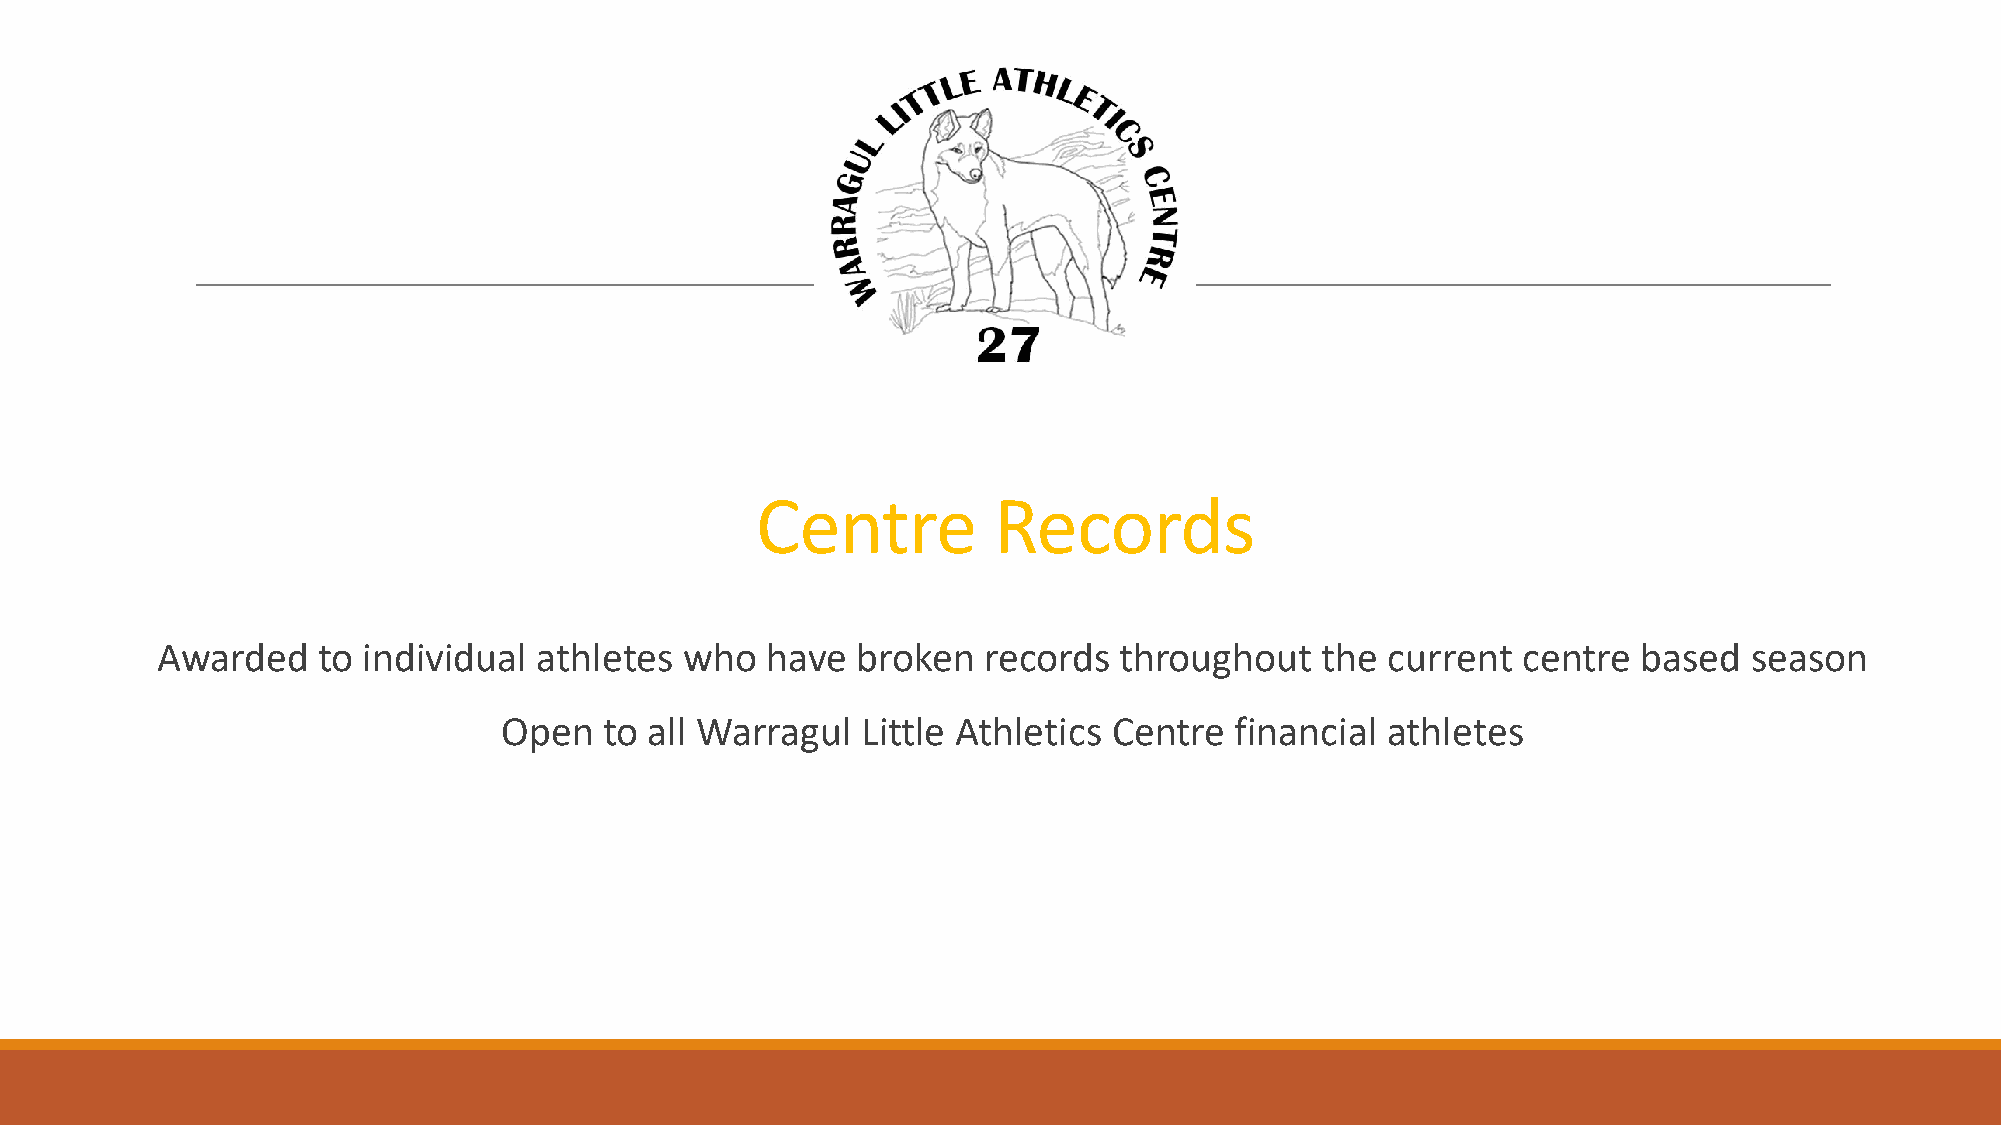
Centre          Records
 Awarded    to individual  athletes who   have  broken  records  throughout   the  current  centre  based  season
 Open   to all Warragul  Little Athletics Centre  financial athletes